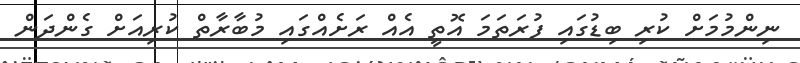
ނިންމުމަށް ކުރި ބިޑުގައި ފުރަތަމަ އޮތީ އެއް ރަށެއްގައި މުބާރާތް ކުރިއަށް ގެންދަން